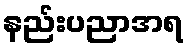
နည်းပညာအရ